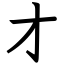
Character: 才